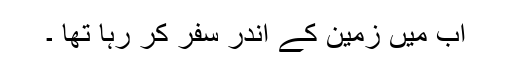
اب میں زمین کے اندر سفر کر رہا تھا ۔